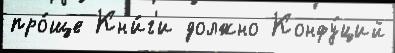
про́ще Кн'и́г'и должно Конфу́ций